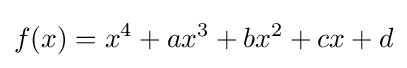
f(x)=x^{4}+ax^{3}+bx^{2}+cx+d